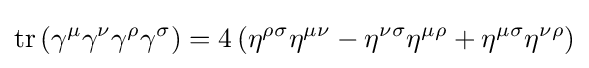
\operatorname {tr} \left(\gamma ^{\mu }\gamma ^{\nu }\gamma ^{\rho }\gamma ^{\sigma }\right)=4\left(\eta ^{\rho \sigma }\eta ^{\mu \nu }-\eta ^{\nu \sigma }\eta ^{\mu \rho }+\eta ^{\mu \sigma }\eta ^{\nu \rho }\right)